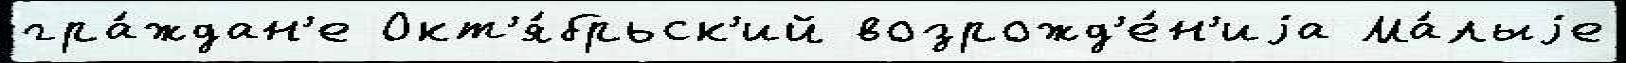
гра́ждан'е Окт'я́брьск'ий возрожд'е́н'иjа Ма́лыjе